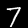
Digit: 7